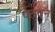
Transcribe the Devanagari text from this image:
पतवन